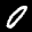
Label: 0